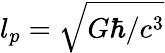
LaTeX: l_{p}=\sqrt{G\hbar/c^{3}}